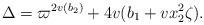
LaTeX: \begin{align*}\Delta = \varpi^{2v(b_2)}+4v(b_1+v x_2^2 \zeta). \end{align*}